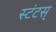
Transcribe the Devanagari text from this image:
स्टंटस्